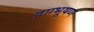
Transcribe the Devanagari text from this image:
वाग्भूषण